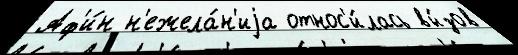
Аф'и́н н'ежела́н'иjа относ'и́лась вы́зов